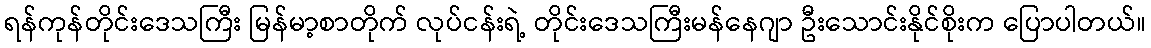
ရန်ကုန်တိုင်းဒေသကြီး မြန်မာ့စာတိုက် လုပ်ငန်းရဲ့ တိုင်းဒေသကြီးမန်နေဂျာ ဦးသောင်းနိုင်စိုးက ပြောပါတယ်။